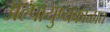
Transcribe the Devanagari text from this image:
अल्पायुष्यकाळात